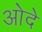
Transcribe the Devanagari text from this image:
ओदे